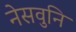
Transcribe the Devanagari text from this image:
नेसवुनि